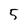
Character: 5